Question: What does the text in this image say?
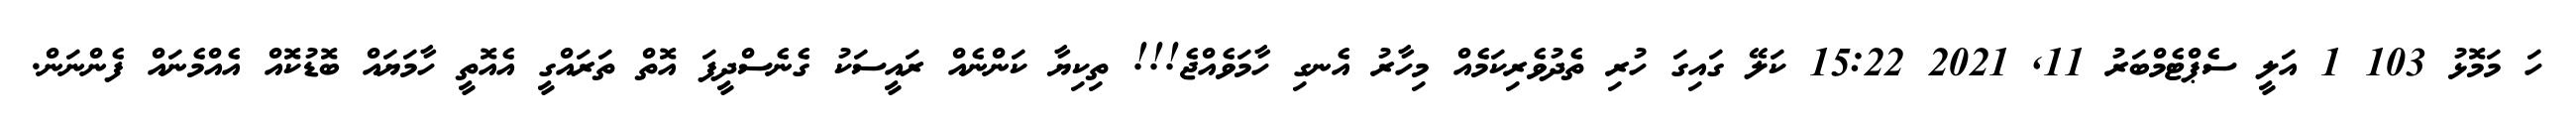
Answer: ހަ މަމޮޅު 103 1 އަލީ ސެޕްޓެމްބަރު 11, 2021 15:22 ކަލޭ ގައިގަ ހުރި ތެދުވެރިކަމެއް މިހާރު އެނގި ހާމަވެއްޖެ!!! ތިކިޔާ ކަންނެއް ރައީސަކު ގެނެސްދީފަ އޮތް ތަރައްގީ އެއޮތީ ހާމަޔައް ބޮޑުކޮއް އެއްމެނައް ފެންނަން.